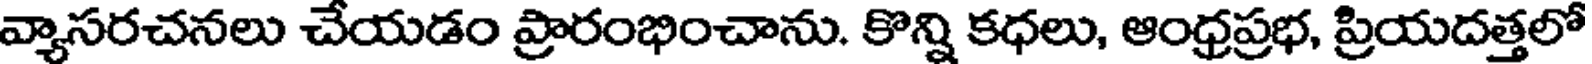
వ్యాసరచనలు చేయడం ప్రారంభించాను. కొన్ని కధలు, ఆంధ్రప్రభ, ప్రియదత్తలో